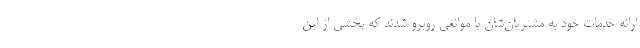
ارائه خدمات خود به مشتریان‌شان با موانعی روبرو شدند که بخشی از این